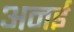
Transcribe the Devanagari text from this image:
अनई